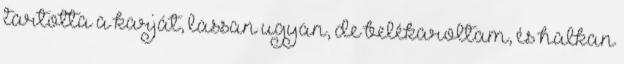
tartotta a karját, lassan ugyan, de belékaroltam, és halkan